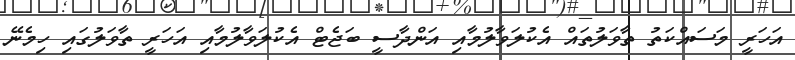
އަހަރީ މަސައްކަތު ތާވަލުތައް އެކުލަވާލުމާއި އަންދާސީ ބަޖެޓް އެކުލަވާލުމާއި އަހަރީ ތާވަލުގައި ހިމެނޭ